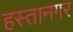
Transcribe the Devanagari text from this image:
हस्तानगर